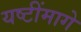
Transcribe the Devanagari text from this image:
यष्टींमागे